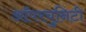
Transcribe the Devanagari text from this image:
ऑपरचुनिटी